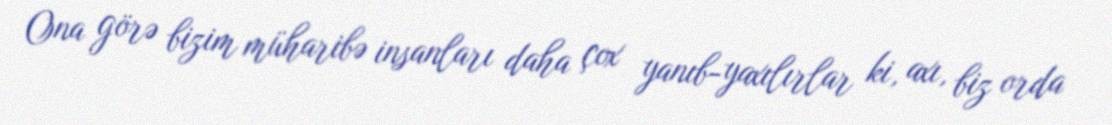
Ona görə bizim müharibə insanları daha çox yanıb-yaxılırlar ki, axı, biz orda